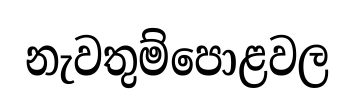
නැවතුම්පොළවල